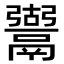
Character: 𩱍